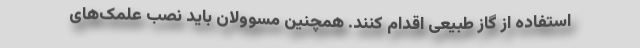
استفاده از گاز طبیعی اقدام کنند. همچنین مسوولان باید نصب علمک‌های